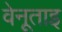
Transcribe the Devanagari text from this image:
वेनूताइ